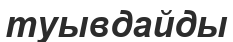
туывдайды